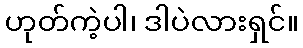
ဟုတ်ကဲ့ပါ၊ ဒါပဲလားရှင်။